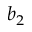
b _ { 2 }